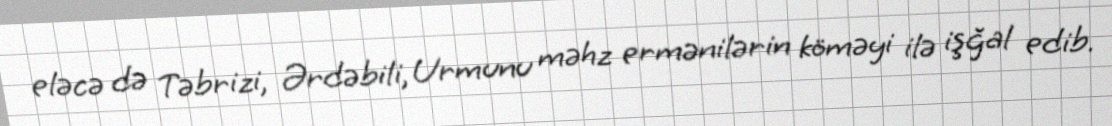
eləcə də Təbrizi, Ərdəbili, Urmunu məhz ermənilərin köməyi ilə işğal edib.